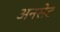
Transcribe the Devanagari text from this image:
अनसेट